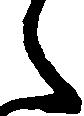
之